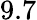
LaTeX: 9.7